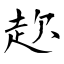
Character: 赼